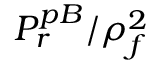
P _ { r } ^ { p B } / \rho _ { f } ^ { 2 }